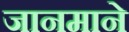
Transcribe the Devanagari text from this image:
जानमाने